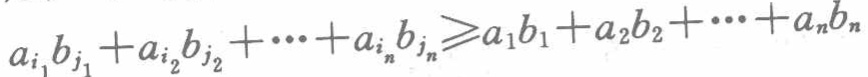
\(a_{i_1}b_{j_1}+a_{i_2}b_{j_2}+\cdots +a_{i_n}b_{j_n}\geqslant a_1b_1 + a_2b_2+\cdots +a_nb_n\)